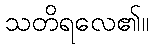
သတိရလေ၏။